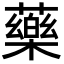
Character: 藥